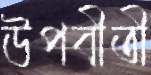
উপবীতী